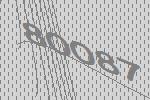
80087